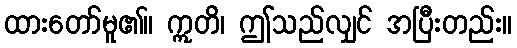
ထားတော်မူ၏။ ဣတိ၊ ဤသည်လျှင် အပြီးတည်း။